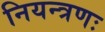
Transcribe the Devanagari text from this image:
नियन्त्रणः